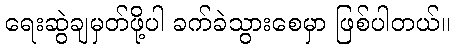
ရေးဆွဲချမှတ်ဖို့ပါ ခက်ခဲသွားစေမှာ ဖြစ်ပါတယ်။